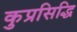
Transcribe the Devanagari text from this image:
कुप्रसिद्धि